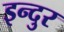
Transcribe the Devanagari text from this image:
इन्दुर